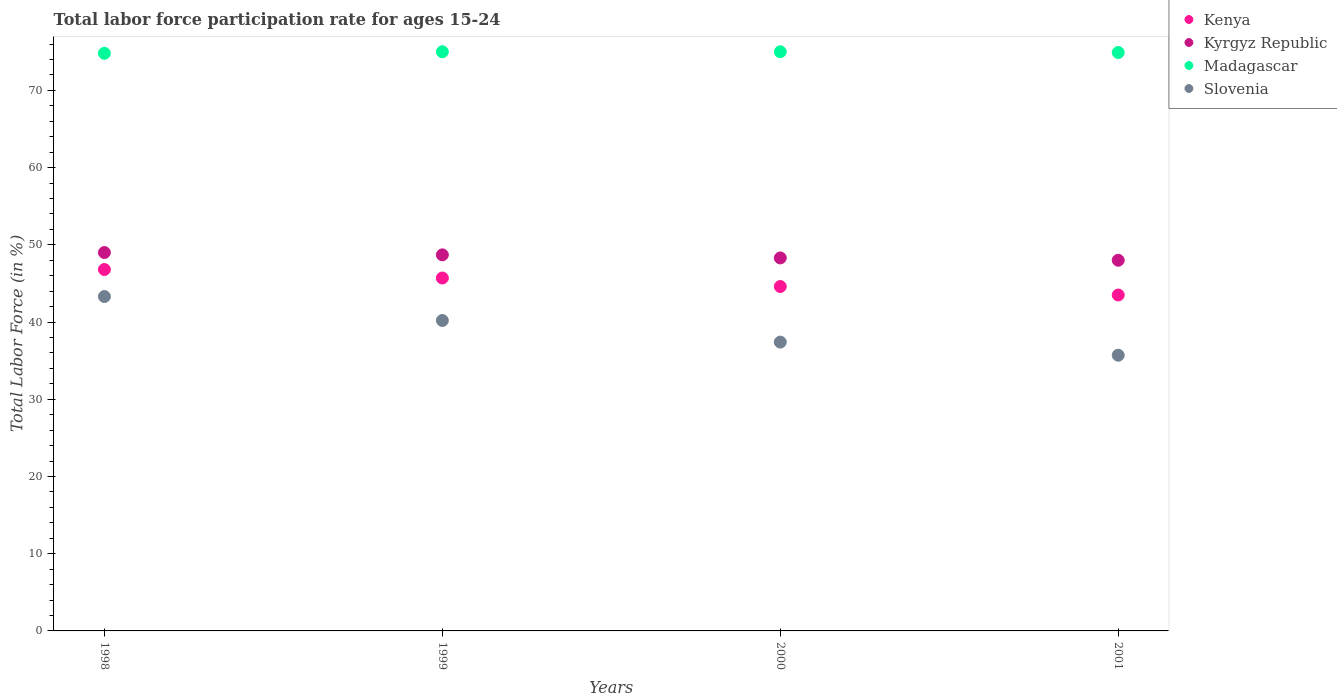
| Years | Kenya | Kyrgyz Republic | Madagascar | Slovenia |
 | --- | --- | --- | --- | --- |
 | 1998 | 46.8 | 49 | 74.8 | 43.3 |
 | 1999 | 45.7 | 48.7 | 75 | 40.2 |
 | 2000 | 44.6 | 48.3 | 75 | 37.4 |
 | 2001 | 43.5 | 48 | 74.9 | 35.7 |